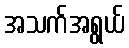
အသက်အရွယ်